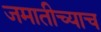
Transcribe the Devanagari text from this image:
जमातीच्याच